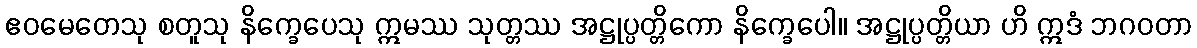
ဧဝမေတေသု စတူသု နိက္ခေပေသု ဣမဿ သုတ္တဿ အဋ္ဌုပ္ပတ္တိကော နိက္ခေပေါ။ အဋ္ဌုပ္ပတ္တိယာ ဟိ ဣဒံ ဘဂဝတာ